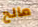
مالح